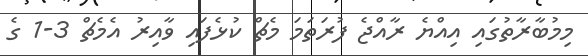
މިމުބާރާތުގައި އިއްޔެ ރާއްޖެ ފުރަތަމަ މެޗް ކުޅެފައި ވާއިރު އެމެޗް 3-1 ގެ